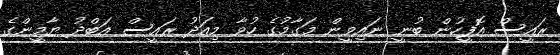
ރައީސް އޮފީހުން ބުނީ ނައިވީން މަގާމުގެ ހުވާ މިއަދު ރައީސް އަބްދު ޔާމީންގެ